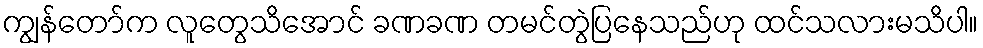
ကျွန်တော်က လူတွေသိအောင် ခဏခဏ တမင်တွဲပြနေသည်ဟု ထင်သလားမသိပါ။